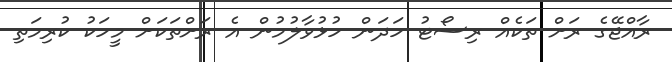
ރާއްޖޭގެ ރަށް ތަކެއް ރިސޯޓު ހަދަން ހުޅުވާލުމުން އެ ރަށްތަކަށް މީހަކު ކުރިމަތި